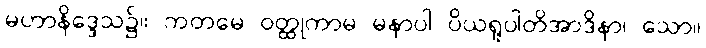
မဟာနိဒ္ဒေသ၌။ ကတမေ ဝတ္ထုကာမ မနာပါ ပိယရူပါတိအာဒိနာ၊ သော။